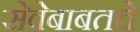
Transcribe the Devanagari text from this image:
सेवेबाबतचे